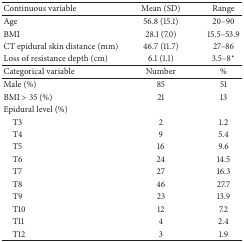
<table><thead><tr><td><b>Continuous variable</b></td><td><b>Mean (SD)</b></td><td><b>Range</b></td></tr></thead><tbody><tr><td>Age</td><td>56.8 (15.1)</td><td>20–90</td></tr><tr><td>BMI</td><td>28.1 (7.0)</td><td>15.5–53.9</td></tr><tr><td>CT epidural skin distance (mm)</td><td>46.7 (11.7)</td><td>27–86</td></tr><tr><td>Loss of resistance depth (cm)</td><td>6.1 (1.1)</td><td>3.5–8<sup>*</sup></td></tr><tr><td>Categorical variable</td><td>Number</td><td>%</td></tr><tr><td>Male (%)</td><td>85</td><td>51</td></tr><tr><td>BMI &gt; 35 (%)</td><td>21</td><td>13</td></tr><tr><td>Epidural level (%)</td><td> </td><td> </td></tr><tr><td> T3</td><td>2</td><td>1.2</td></tr><tr><td> T4</td><td>9</td><td>5.4</td></tr><tr><td> T5</td><td>16</td><td>9.6</td></tr><tr><td> T6</td><td>24</td><td>14.5</td></tr><tr><td> T7</td><td>27</td><td>16.3</td></tr><tr><td> T8</td><td>46</td><td>27.7</td></tr><tr><td> T9</td><td>23</td><td>13.9</td></tr><tr><td> T10</td><td>12</td><td>7.2</td></tr><tr><td> T11</td><td>4</td><td>2.4</td></tr><tr><td> T12</td><td>3</td><td>1.9</td></tr></tbody></table>